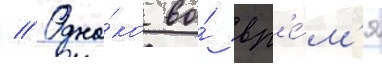
// Одна́ко во́ вр'е́м'я